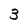
Character: 3